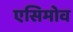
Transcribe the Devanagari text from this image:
एसिमोव